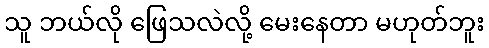
သူ ဘယ်လို ဖြေသလဲလို့ မေးနေတာ မဟုတ်ဘူး